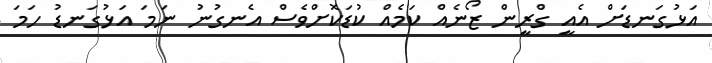
އަޅުގަނޑަށް އެއީ ގްރީން ޒޯނެއް ކަމެއް ކުޑަކޮށްވެސް އެނގުނު ނަމަ އަޅުގަނޑު ހަމަ